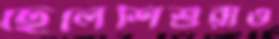
ছেলেশিশুরাও